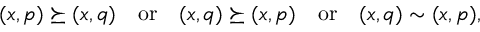
\begin{array} { r } { ( x , p ) \succeq ( x , q ) \quad \mathrm { o r } \quad ( x , q ) \succeq ( x , p ) \quad \mathrm { o r } \quad ( x , q ) \sim ( x , p ) , } \end{array}